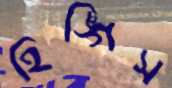
হিঙ্গিস